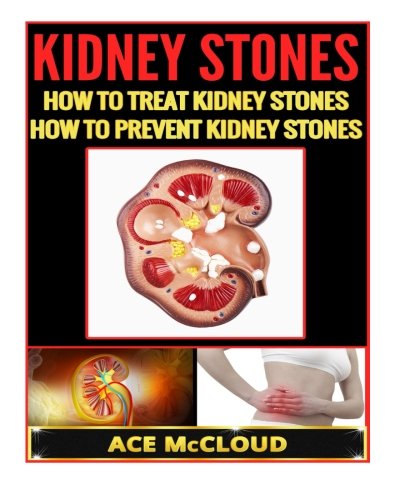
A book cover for Kidney Stones: How To Treat Kidney Stones- How To Prevent Kidney Stones; Ace McCloud; Health, Fitness & Dieting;